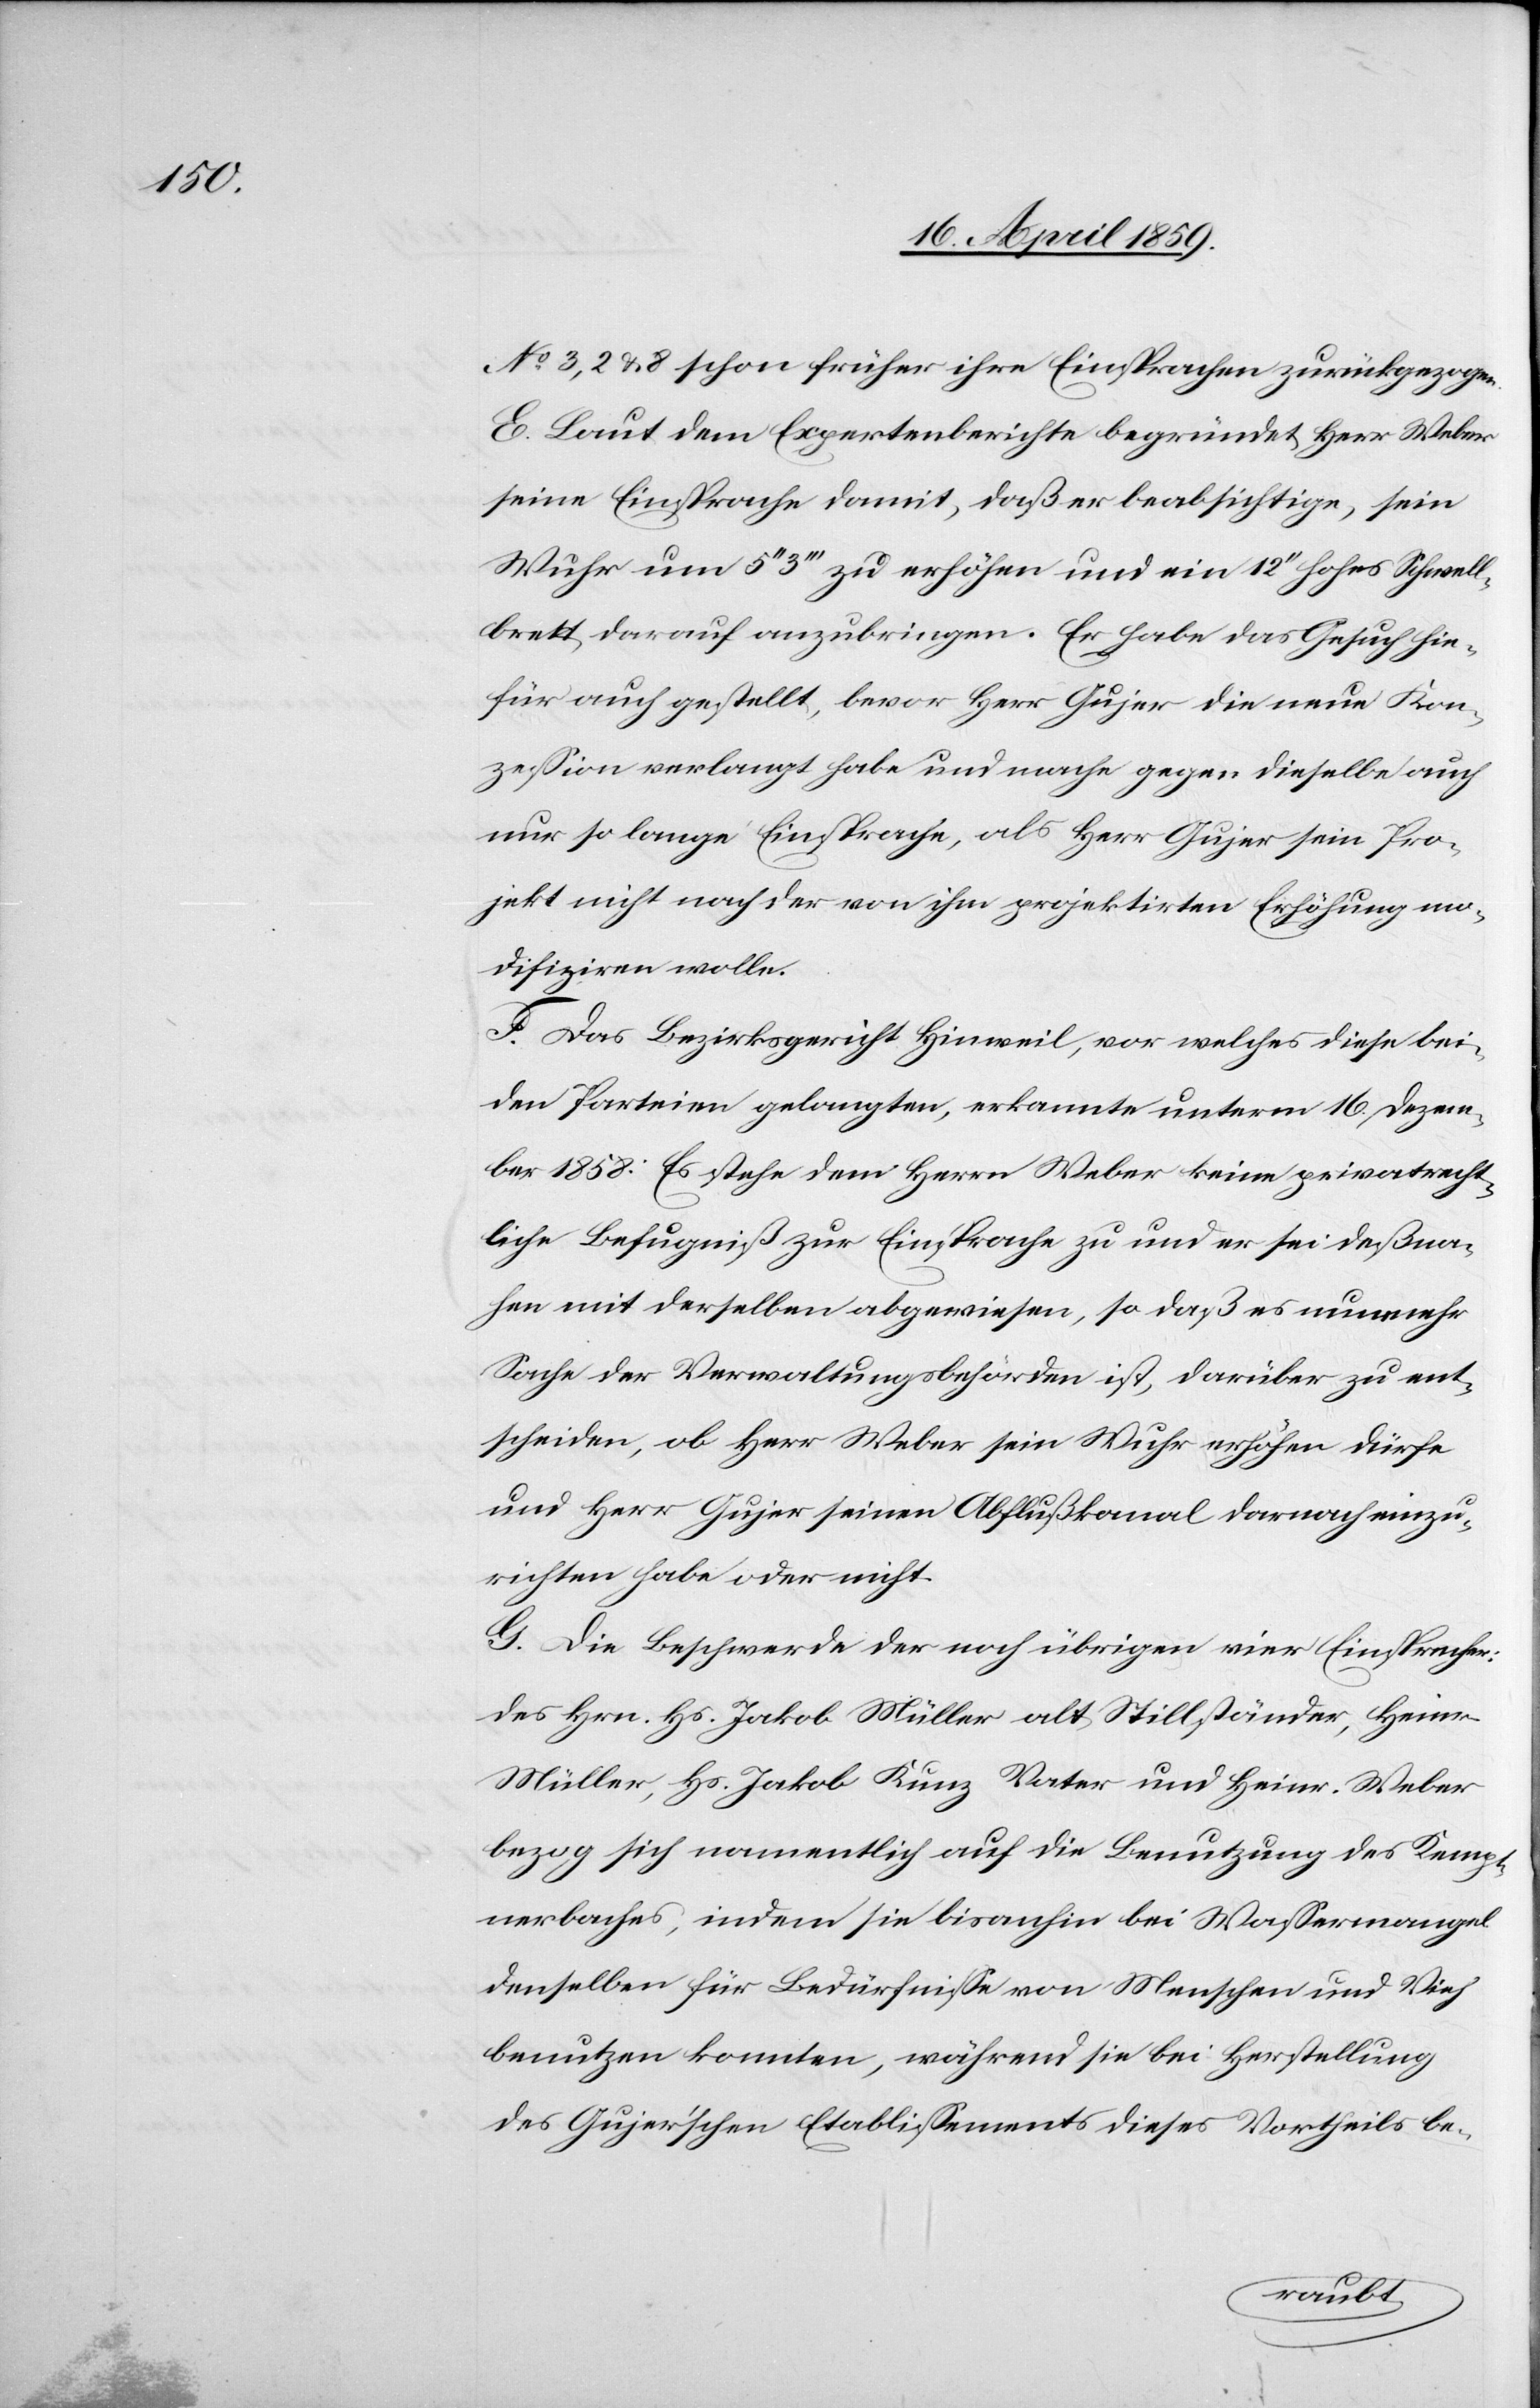
No 3, 2 & 8 schon früher ihre Einsprachen zurückgezogen.
E. Laut dem Expertenberichte begründet Herr Weber
seine Einsprache damit, daß er beabsichtige, sein
Wuhr um 5‘‘ 3‘‘‘ zu erhöhen und ein 12‘‘ hohes Schwell¬
brett darauf anzubringen. Er habe das Gesuch hie¬
für auch gestellt, bevor Herr Gujer die neue Kon¬
zeßion verlangt habe und mache gegen dieselbe auch
nur so lange Einsprache, als Herr Gujer sein Pro¬
jekt nicht nach der von ihm projektirten Erhöhung mo¬
difiziren wolle.
F. Das Bezirksgericht Hinweil, vor welches diese bei¬
den Parteien gelangten, erkannte unterm 16. Dezem¬
ber 1858: Es stehe dem Herrn Weber keine privatrecht¬
liche Befugniß zur Einsprache zu und er sei deßna¬
hen mit derselben abgewiesen, so daß es nunmehr
Sache der Verwaltungsbehörden ist, darüber zu ent¬
scheiden, ob Herr Weber sein Wuhr erhöhen dürfe
und Herr Gujer seinen Abflußkanal darnach einzu¬
richten habe oder nicht.
G. Die Beschwerde der noch übrigen vier Einsprecher:
des Hrn. Hs. Jakob Müller alt Stillständer, Heinr.
Müller, Hs. Jakob Kunz Vater und Heinr. Weber
bezog sich namentlich auf die Benutzung des Kempt¬
nerbaches, indem sie bisanhin bei Waßermangel
denselben für Bedürfniße von Menschen und Vieh
benutzen konnten, während sie bei Herstellung
des Gujerschen Etablißements dieses Vortheils be-